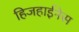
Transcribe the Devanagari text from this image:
हिजहाईनेस